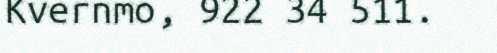
Kvernmo, 922 34 511.